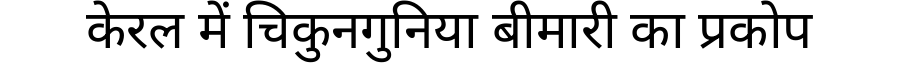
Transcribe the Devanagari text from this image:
केरल में चिकुनगुनिया बीमारी का प्रकोप